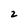
Character: 2